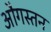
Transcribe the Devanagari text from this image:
औगस्तन